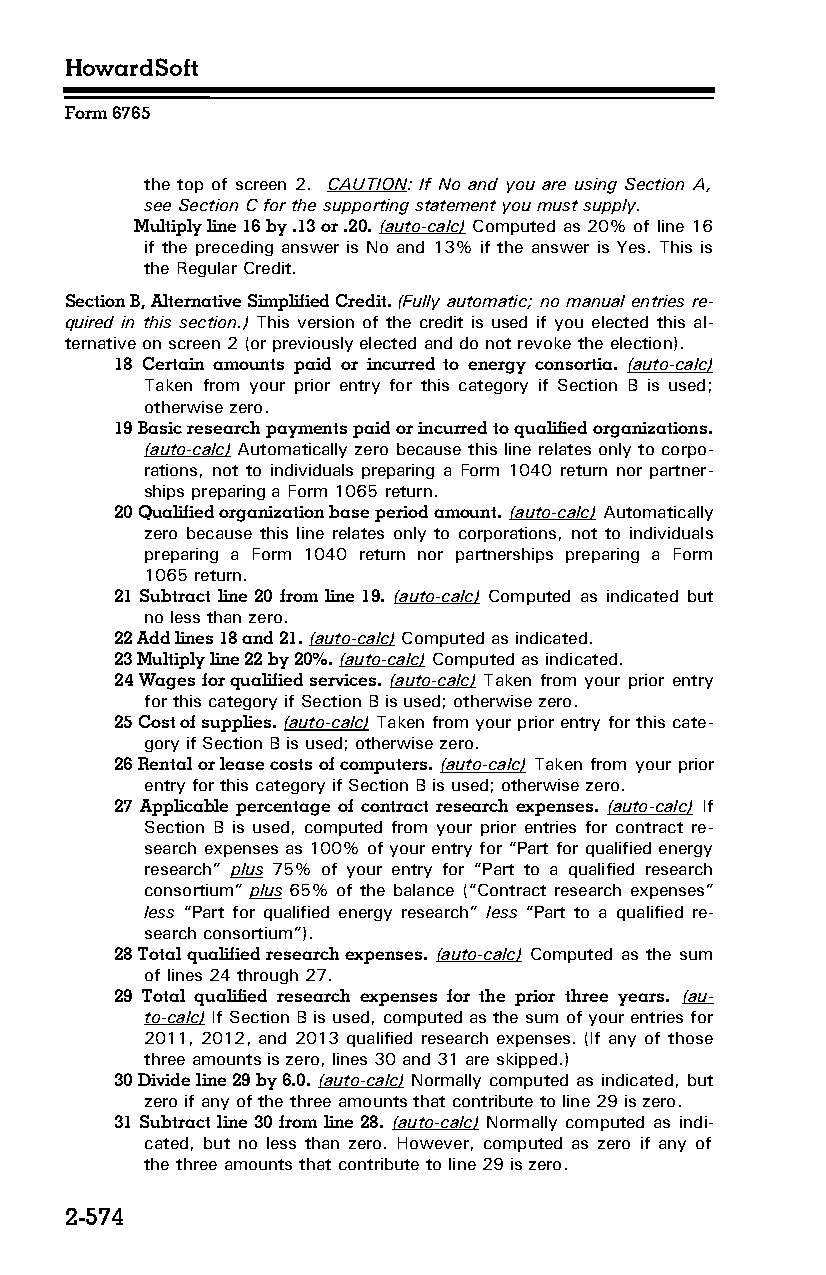
HowardSoft
 Form 6765
 the top of screen 2. CAUTION: If No and you are using Section A,
 see Section C for the supporting statement you must supply.
 Multiply line 16 by .13 or .20. (auto-calc) Computed as 20% of line 16
 if the preceding answer is No and 13% if the answer is Yes. This is
 the Regular Credit.
 Section B, Alternative Simplified Credit. (Fully automatic; no manual entries re­
 quired in this section.) This version of the credit is used if you elected this al­
 ternative on screen 2 (or previously elected and do not revoke the election).
 18 Certain amounts paid or incurred to energy consortia. (auto-calc)
 Taken from your prior entry for this category if Section B is used;
 otherwise zero.
 19 Basic research payments paid or incurred to qualified organizations.
 (auto-calc) Automatically zero because this line relates only to corpo­
 rations, not to individuals preparing a Form 1040 return nor partner­
 ships preparing a Form 1065 return.
 20 Qualified organization base period amount. (auto-calc) Automatically
 zero because this line relates only to corporations, not to individuals
 preparing a Form 1040 return nor partnerships preparing a Form
 1065 return.
 21 Subtract line 20 from line 19. (auto-calc) Computed as indicated but
 no less than zero.
 22 Add lines 18 and 21. (auto-calc) Computed as indicated.
 23 Multiply line 22 by 20%. (auto-calc) Computed as indicated.
 24 Wages for qualified services. (auto-calc) Taken from your prior entry
 for this category if Section B is used; otherwise zero.
 25 Cost of supplies. (auto-calc) Taken from your prior entry for this cate­
 gory if Section B is used; otherwise zero.
 26 Rental or lease costs of computers. (auto-calc) Taken from your prior
 entry for this category if Section B is used; otherwise zero.
 27 Applicable percentage of contract research expenses. (auto-calc) If
 Section B is used, computed from your prior entries for contract re­
 search expenses as 100% of your entry for “Part for qualified energy
 research” plus 75% of your entry for “Part to a qualified research
 consortium” plus 65% of the balance (“Contract research expenses”
 less “Part for qualified energy research” less “Part to a qualified re­
 search consortium”).
 28 Total qualified research expenses. (auto-calc) Computed as the sum
 of lines 24 through 27.
 29 Total qualified research expenses for the prior three years. (au­
 to-calc) If Section B is used, computed as the sum of your entries for
 2011, 2012, and 2013 qualified research expenses. (If any of those
 three amounts is zero, lines 30 and 31 are skipped.)
 30 Divide line 29 by 6.0. (auto-calc) Normally computed as indicated, but
 zero if any of the three amounts that contribute to line 29 is zero.
 31 Subtract line 30 from line 28. (auto-calc) Normally computed as indi­
 cated, but no less than zero. However, computed as zero if any of
 the three amounts that contribute to line 29 is zero.
 2-574